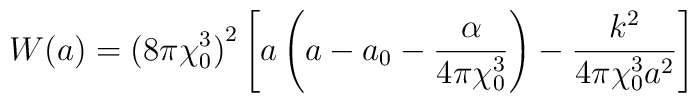
W(a) = {(8\pi \chi_{0}^{3})}^{2} \left[ a \left(a - a_{0} -\frac{\alpha}{4\pi \chi_{0}^{3}} \right) - \frac{k^{2}}{4\pi  \chi_{0}^{3}a^{2}} \right]